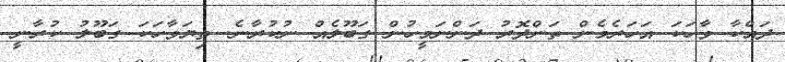
ދައްކާ ވާހަކަ އަހަރެމެން ތަންދޮރު ދަންނަމީހުން ގަބޫލެއް ނުކުރާނެ. ތިޔަވާހަކަ ގަބޫލު ކުރާނީ